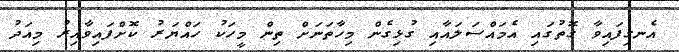
އެނގިފައިވާ ގޮތުގައި އެމައްސަލައާއި ގުޅިގެން މިހާތަނަށް ތިން މީހަކު ހައްޔަރު ކޮށްފައިވާއިރު މިއަދު